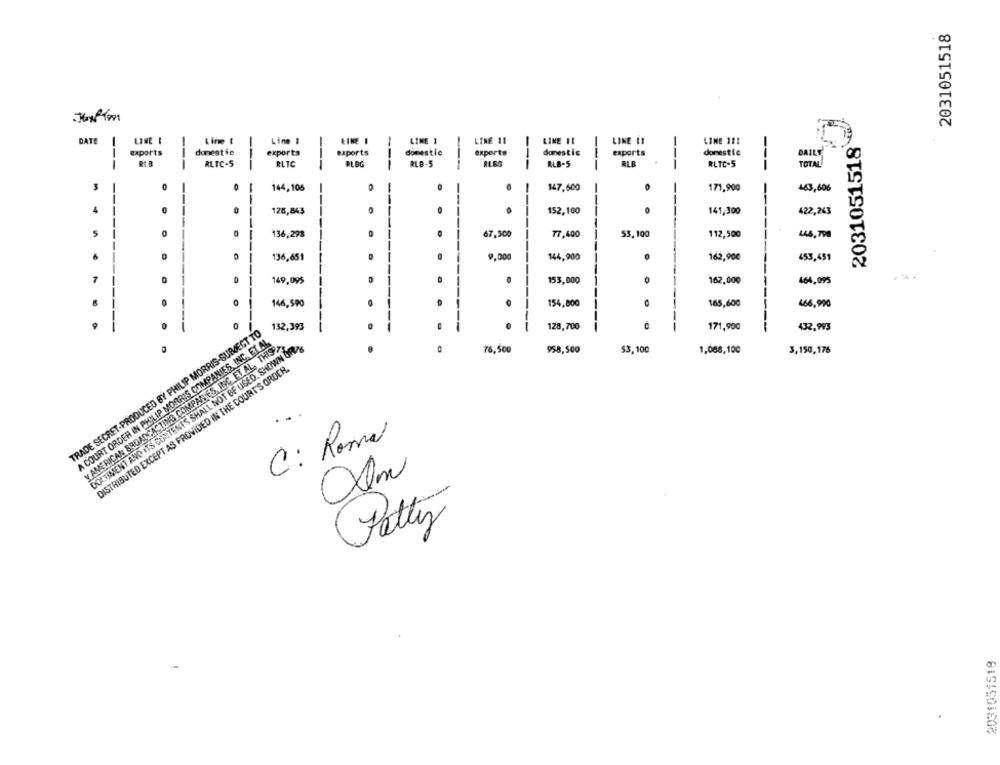
2031051518
DATE
-
LINE I
Lime I
Line 1
-
LINE 1
LINE 11
LINE IL
LINE 11
LINE 111
2031051518
exports
domestic
exports
exports
domestic
experts
domestic
exports
domestic
BAILY
---
RLTC-S
RLTC
BLOG
RLB-5
---
---
RLB-5
RLB
RLTC-5
TOTAL
3
144,106
-
147,600
-
171,900
463,606
4
0
126,845
0
152,100
0
141,300
422,263
0
136,298
67,500
77,400
53,100
112,500
446,790
--
136,651
D
9.000
144,900
162,900
453,451
-
0
1
149,095
.
153,000
0
162,000
464.095
1
1
146,590
1
154,800
0
165,600
466,990
1
1
TRADE SECRET-PRODUCED BY PHILIP MORRIS-SUBJECT TO
..
0
1
0
132,393
.
1
-----------
128,700
-------
171,900
432,993
A COURT ORDER IN PHILIP MORRIS COMPANIES, INC. ET AL
Y AMERICAN BROADCASTING COMPANIES, INC. ET AL. THIS
DOCUMENT AND ITS CONTENTS SHALL NOT BE USED. SHOWN OR
76,500
958,500
53,100
1,088,100
3,150,176
DISTRIBUTED EXCEPT AS PROVIDED IN THE COURT'S ORDER.
C: Roma
Pettyz
2031051518